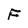
Character: F